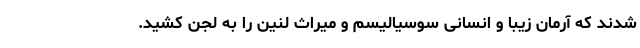
شدند که آرمان زیبا و انسانی سوسیالیسم و میراث لنین را به لجن کشید.